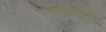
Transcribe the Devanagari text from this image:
अवधानविद